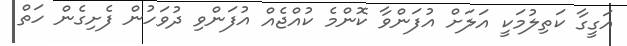
އަގީގާ ކަތިލުމަކީ އަލަށް އުފަންވާ ކޮންމެ ކުއްޖެއް އުފަންވި ދުވަހުން ފެށިގެން ހަތް